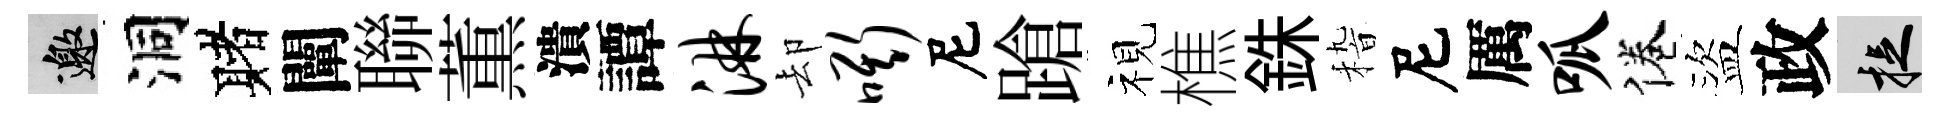
邀洞赌闡聯薫潰譚淋却嘶尼蹌视樵銖𥟵尼厲呱倦盜政捉